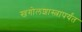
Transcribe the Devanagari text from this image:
खगोलशास्त्रापर्यंत